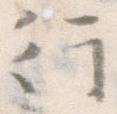
行